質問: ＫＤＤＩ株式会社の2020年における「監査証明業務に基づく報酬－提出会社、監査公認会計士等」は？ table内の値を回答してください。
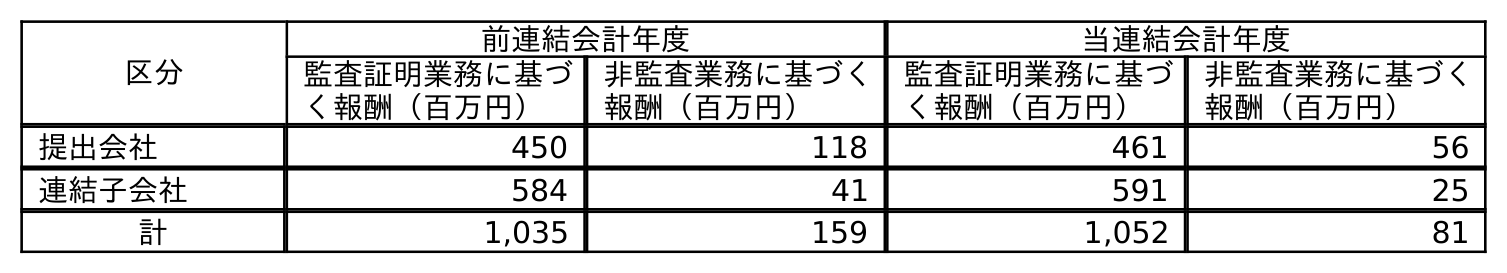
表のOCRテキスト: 区分 前連結会計年度 当連結会計年度 監査証明業務に基づ く報酬（百万円） 非監査業務に基づく 報酬（百万円） 監査証明業務に基づ く報酬（百万円） 非監査業務に基づく 報酬（百万円） 提出会社 450 118 461 56 連結子会社 584 41 591 25 計 1,035 159 1,052 81
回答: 461